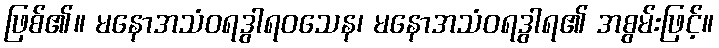
ဖြစ်၏။ မနောအသံဝရဒွါရဝသေန၊ မနောအသံဝရဒွါရ၏ အစွမ်းဖြင့်။